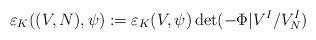
LaTeX: \begin{align*}\varepsilon_K((V,N), \psi): = \varepsilon_K(V,\psi) \det( - \Phi |V^I / V^I_N)\end{align*}